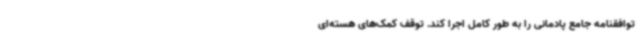
توافقنامه جامع پادمانی را به طور کامل اجرا کند. توقف کمک‌های هسته‌ای